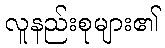
လူနည်းစုများ၏